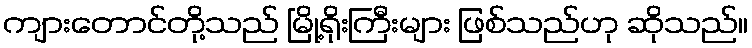
ကျားတောင်တို့သည် မြို့ရိုးကြီးများ ဖြစ်သည်ဟု ဆိုသည်။